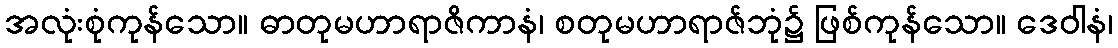
အလုံးစုံကုန်သော။ ဓာတုမဟာရာဇိကာနံ၊ စတုမဟာရာဇ်ဘုံ၌ ဖြစ်ကုန်သော။ ဒေဝါနံ၊